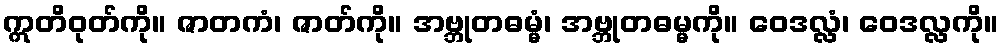
ဣတိဝုတ်ကို။ ဇာတကံ၊ ဇာတ်ကို။ အဗ္ဘုတဓမ္မံ၊ အဗ္ဘုတဓမ္မကို။ ဝေဒလ္လံ၊ ဝေဒလ္လကို။